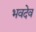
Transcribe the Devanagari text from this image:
भवदेव